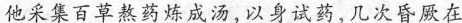
他采集百草熬药炼成汤，以身试药，几次昏厥在